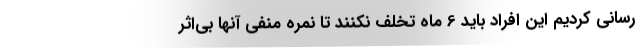
رسانی کردیم این افراد باید 6 ماه تخلف نکنند تا نمره منفی آنها بی‌اثر